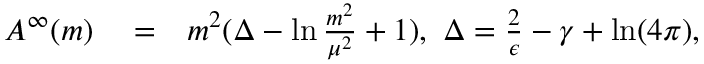
\begin{array} { r l r } { A ^ { \infty } ( m ) } & { { } = } & { m ^ { 2 } ( \Delta - \ln \frac { m ^ { 2 } } { \mu ^ { 2 } } + 1 ) , \ \Delta = \frac { 2 } { \epsilon } - \gamma + \ln ( 4 \pi ) , } \end{array}